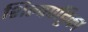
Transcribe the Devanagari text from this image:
शिल्पपट्टिका